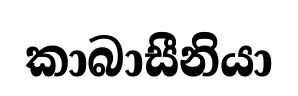
කාබාසීනියා